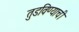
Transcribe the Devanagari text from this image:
तुडविण्याची